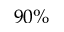
9 0 \%